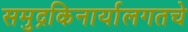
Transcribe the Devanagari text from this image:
समुद्रकिनार्यालगतचे